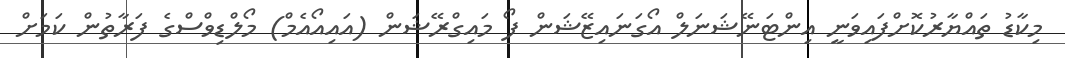
މިކާޑު ތައްޔާރުކޮށްފައިވަނީ އިންޓަނޭޝަނަލް އޯގަނައިޒޭޝަން ފޯ މައިގްރޭޝަން (އައިއޯއެމް) މޯލްޑިވްސްގެ ފަރާތުން ކަމަށް